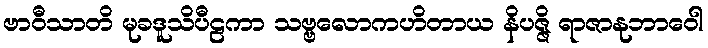
ဗာဝီသာတိ မုခဒူသိပီဠကာ သဗ္ဗလောကဟိတာယ နိပဇ္ဇိ ရာဇာနုဘာဝေါ